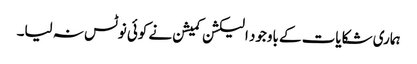
ہماری شکایات کے باوجود الیکشن کمیشن نے کوئی نوٹس نہ لیا۔